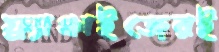
ফ্র্যাঞ্চাইজেরই